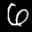
Label: 6